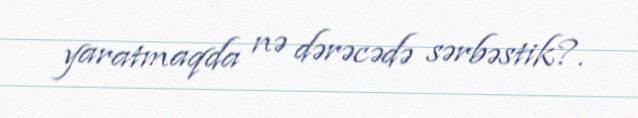
yaratmaqda nə dərəcədə sərbəstik?.